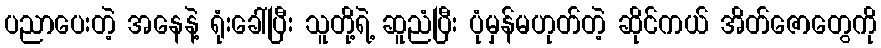
ပညာပေးတဲ့ အနေနဲ့ ရုံးခေါ်ပြီး သူတို့ရဲ့ ဆူညံပြီး ပုံမှန်မဟုတ်တဲ့ ဆိုင်ကယ် အိတ်ဇောတွေကို